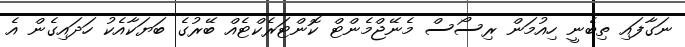
ނަގާފައި ތިބެނީ ހިއުމަން ރިސޯސް މެނޭޖްމެންޓް ކޮންޓަރެކްޓެއް ބޭރުގެ ބަޔަކާއެކު ހަދައިގެން އެ